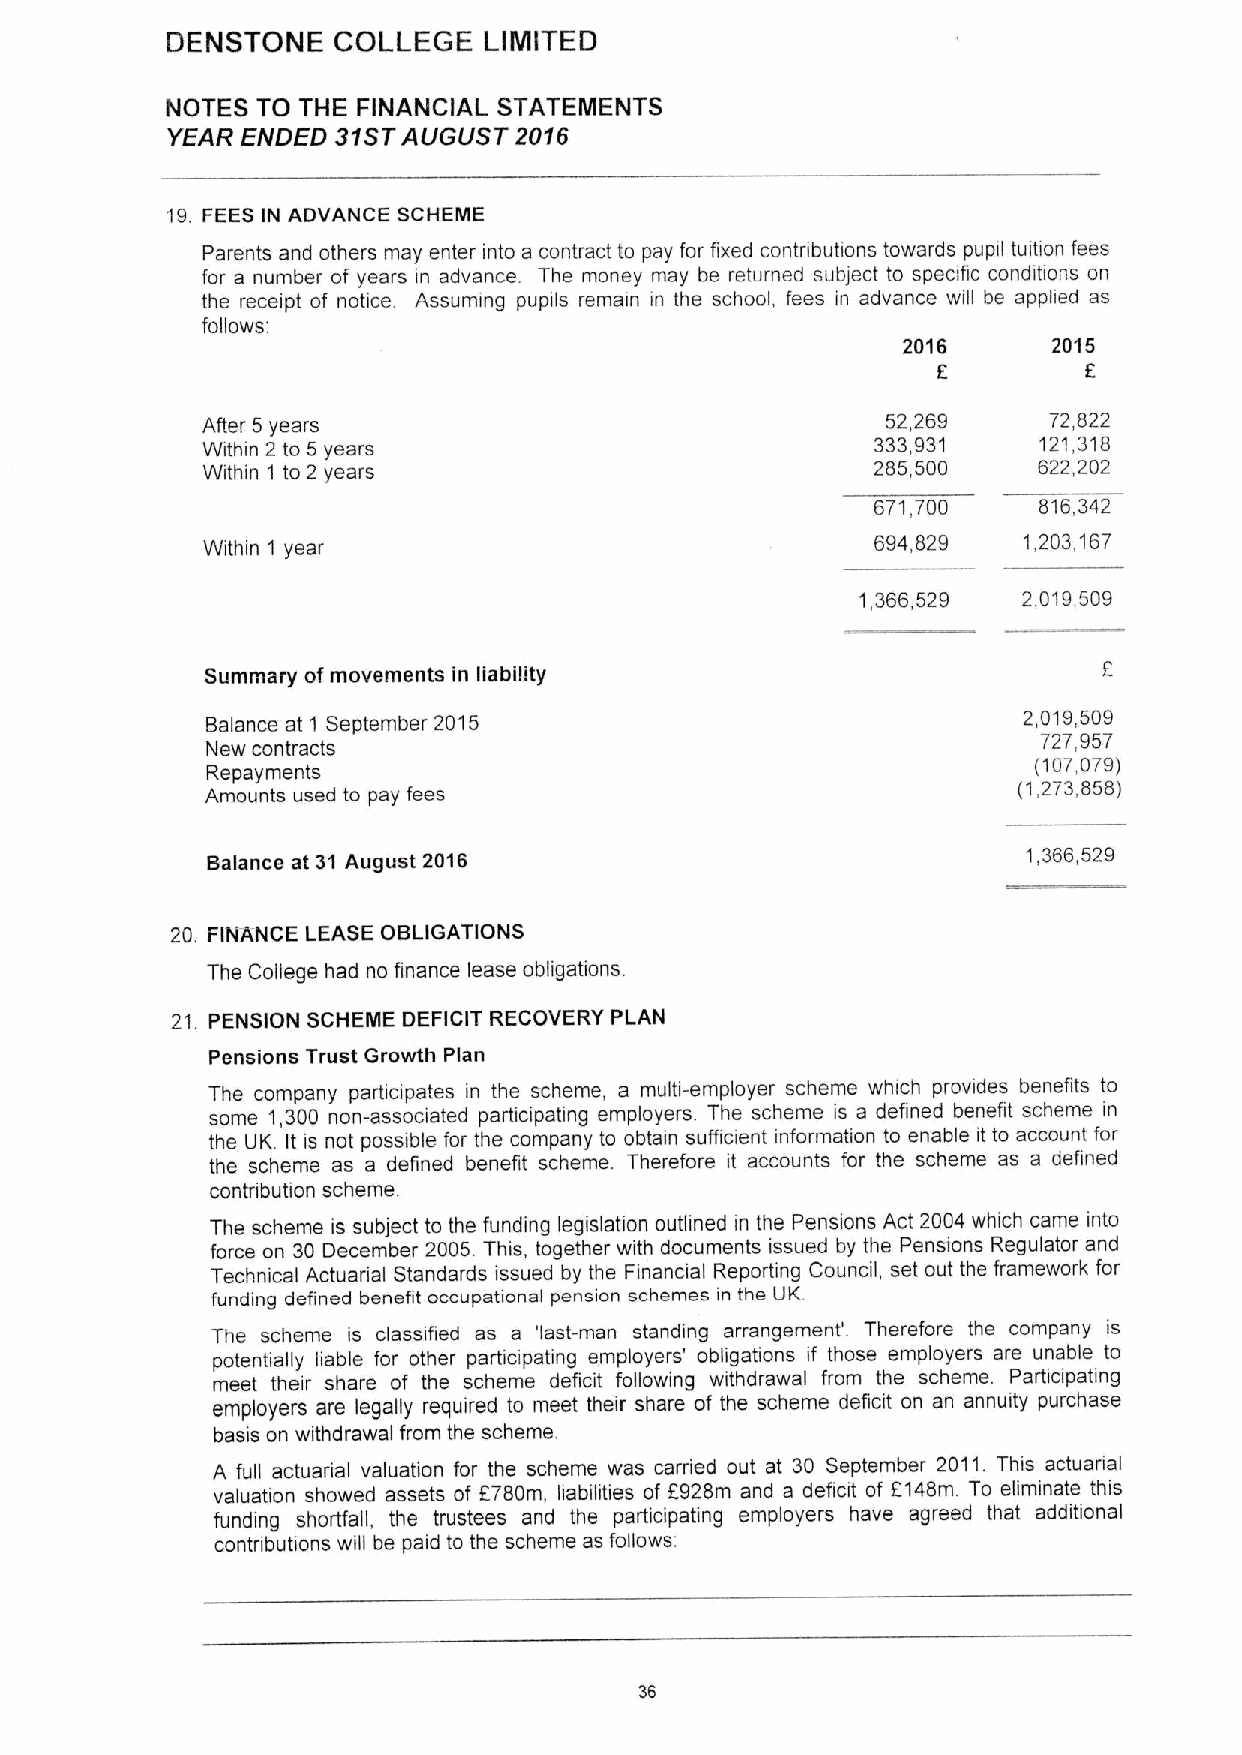
DENSTONE   COLLEGE   LIMITED
 NOTES TO THE FINANCIAL STATEMENTS
 YEAR ENDED 31STAUGUST  2016
 19. FEESIN ADVANCE SCHEME
 Parents and others may enter into a contract to pay for fixed contributions towards pupil tuition fees
 for a number of years in advance The money may be returned subject to specific conditions on
 the receipt of notice. Assuming pupils remain in the school, fees in advance will be applied as
 follows:
 2016      2015
 6         6
 After 5 years                                 52,269     72,822
 Within 2 to 5 years                          333,931    121,318
 Within 1 to 2 years                          285,500    622,202
 671,700    816,342
 Within 1 year
 694,829   1,203,167
 1,366,529  2,019,509
 Summary ofmovements in liability
 Balance at 1 September 2015                           2,019,509
 New contracts
 727,957
 (107,079)
 Repayments
 Amounts used to pay fees                             (1,273,858)
 Balance at 31 August 2016                             1,366,529
 20. FINANCE LEASE OBLIGATIONS
 The College had no finance lease obligations.
 21. PENSION SCHEME DEFICIT RECOVERY PLAN
 Pensions Trust Growth Plan
 The company participates m the scheme, a multi-employer scheme which provides benefits to
 some 1,300 non-associated participating employers. The scheme is a defined benefit scheme m
 the UK. It is not possible for the company to obtain sufficient information to enable it to account for
 the scheme as a defined benefit scheme. Therefore it accounts for the scheme as a defined
 contnbution scheme.
 The scheme is subject to the funding legislation outlined in the Pensions Act 2004 which came into
 force on 30 December 2005.This, together with documents issued by the Pensions Regulator and
 Technical Actuarial Standards issued by the Financial Reporting Council, set out the framework for
 funding defined benefit occupational pension schemes in the UK
 The scheme is classified as a 'last-man standing arrangement'. Therefore the company is
 potentially liable for other participating employers' obligations if those employers are unable to
 meet their share of the scheme deficit following withdrawal from the scheme. Participating
 employers are legally required to meet their share of the scheme deficit on an annuity purchase
 basis on withdrawal from the scheme.
 A full actuarial valuation for the scheme was carried out at 30 September 2011. This actuarial
 valuation showed assets of 6780m, liabilities of F928m and a deficit of 6148m. To eliminate this
 funding shorffall, the trustees and the participating employers have agreed that additional
 contr)but&ons will be paid to the scheme as follows.
 3s